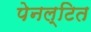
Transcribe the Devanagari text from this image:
पेनल्टित